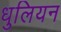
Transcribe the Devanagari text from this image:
धुलियन